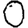
Digit: 0